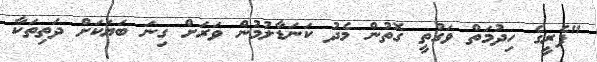
"ފެރީގެ ހިދުމަތް ވަގުތީ ގޮތުން މެދު ކަނަޑާލުމުން ވަރަށް ގިނަ ބަޔަކަށް ދަތިތަކާ